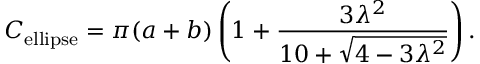
C _ { \mathrm { e l l i p s e } } = \pi ( a + b ) \left( 1 + \frac { 3 \lambda ^ { 2 } } { 1 0 + \sqrt { 4 - 3 \lambda ^ { 2 } } } \right) .